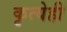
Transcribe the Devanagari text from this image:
कृत्येही